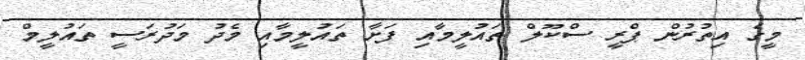
މީގެ އިތުރުން ޕްރީ ސްކޫލް ތައުލީމާއި ފަށާ ތައުލީމާއި މެދު މަދުރަސީ ތައުލީމް